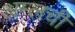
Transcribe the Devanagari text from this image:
अम्लची